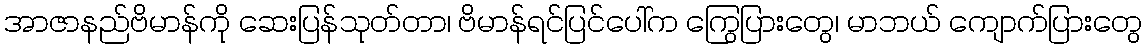
အာဇာနည်ဗိမာန်ကို ဆေးပြန်သုတ်တာ၊ ဗိမာန်ရင်ပြင်ပေါ်က ကြွေပြားတွေ၊ မာဘယ် ကျောက်ပြားတွေ